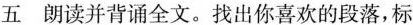
五朗读并背诵全文。找出你喜欢的段落,标